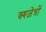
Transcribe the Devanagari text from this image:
क्श्जेत्रों